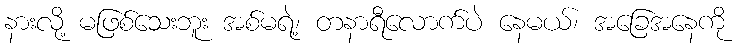
နားလို့ မဖြစ်သေးဘူး အစ်မရဲ့၊ တနာရီလောက်ပဲ နေမယ်၊ အခြေအနေကို